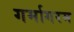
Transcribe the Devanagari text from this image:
गर्मागरम